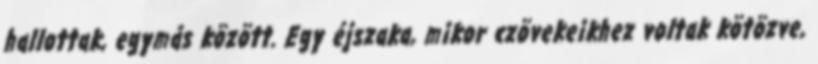
hallottak, egymás között. Egy éjszaka, mikor czövekeikhez voltak kötözve,